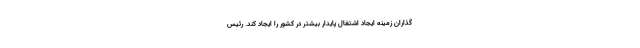
گذاران زمینه ایجاد اشتغال پایدار بیشتر در کشور را ایجاد کند. رئیس